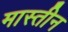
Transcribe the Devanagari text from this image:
मास्तीन